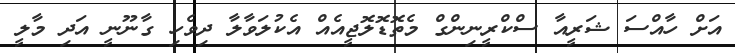
އަށް ހާއްސަ ޝަރީއާ ސްކްރީނިންގް މެތޮޑޮލޮޖީއެއް އެކުލަވާލާ ދިވެހި ގާނޫނީ އަދި މާލީ